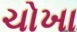
ચોખા